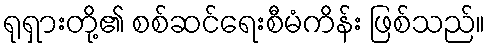
ရုရှားတို့၏ စစ်ဆင်ရေးစီမံကိန်း ဖြစ်သည်။